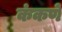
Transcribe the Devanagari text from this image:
कंकणे